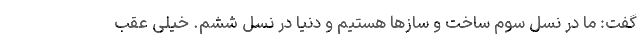
گفت: ما در نسل سوم ساخت و سازها هستیم و دنیا در نسل ششم. خیلی عقب